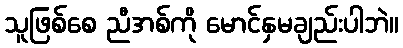
သူဖြစ်စေ ညီအစ်ကို မောင်နှမချည်းပါဘဲ။